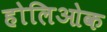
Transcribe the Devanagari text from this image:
होलिओक